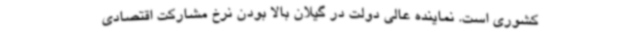
کشوری است. نماینده عالی دولت در گیلان بالا بودن نرخ مشارکت اقتصادی